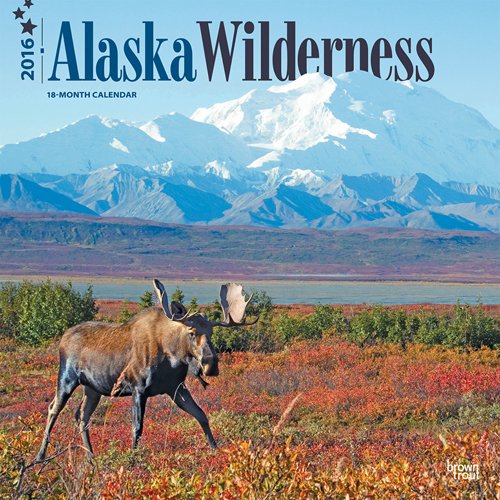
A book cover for Alaska Wilderness 2016 Square 12x12 (Multilingual Edition); Browntrout Publishers; Calendars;